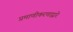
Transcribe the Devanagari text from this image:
प्रमाणीकरणाद्वारे